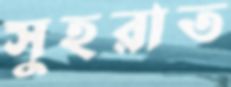
সুহরাত